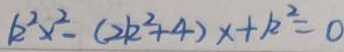
k ^ { 2 } x ^ { 2 } - ( 2 k ^ { 2 } + 4 ) x + k ^ { 2 } = 0